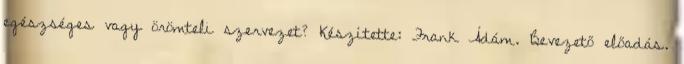
egészséges vagy örömteli szervezet? Készítette: Frank Ádám. Bevezető előadás.